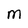
Character: M